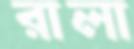
রালা